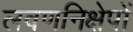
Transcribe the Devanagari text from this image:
लवणनिक्षेपों